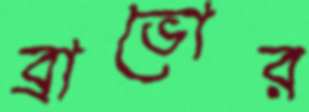
ব্রাভোর